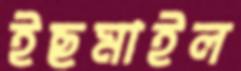
ইছমাইল